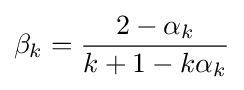
\beta _{k}={2-\alpha _{k} \over k+1-k\alpha _{k}}